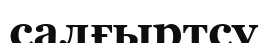
салғыртсу